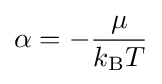
\alpha =-{\frac {\mu }{k_{\text{B}}T}}